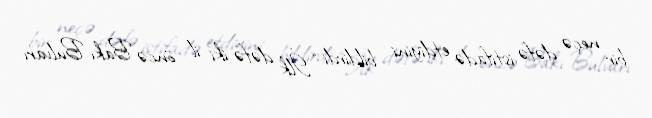
bir neçə dəfə istifadə etdiyini bildirdi: “İlk dəfə iki il öncə Bakı Bulvarı